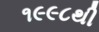
૧૯૯૮થી